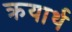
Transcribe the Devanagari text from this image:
क्रयार्थ